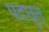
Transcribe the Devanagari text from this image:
पदचुत